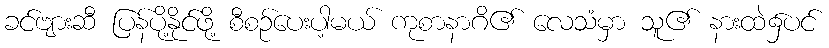
ခင်ဗျားဆီ ပြန်ပို့နိုင်ဖို့ စီစဉ်ပေးပါ့မယ် ကုစာနာဂိ၏ လေသံမှာ သူ၏ နားထဲ၌ပင်